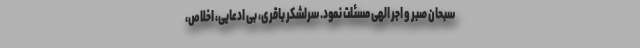
سبحان صبر و اجر الهی مسئلت نمود. سرلشکر باقری‌، بی ادعایی، اخلاص،